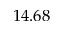
1 4 . 6 8